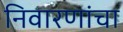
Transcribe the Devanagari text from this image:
निवारणांचा